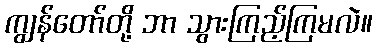
ကျွန်တော်တို့ ဘာ သွားကြည့်ကြမလဲ။